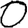
Digit: 0